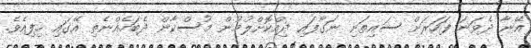
އޭނާ ދެވަނަ ފަހަރަށް ސައިތަށި ނަގާފައި ދިއްކޮށްލުމުން މުސްކާން ދެބަހެއްނެތި އޭގައި ހިފިއެވެ.